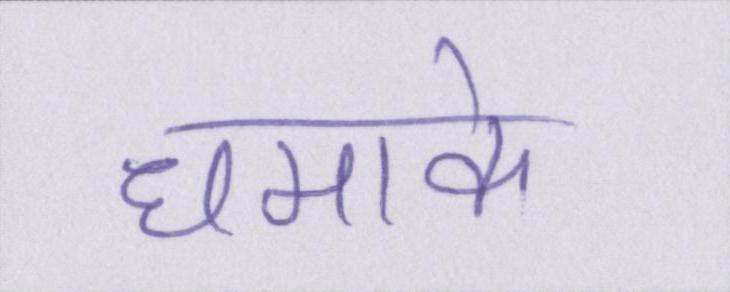
धमाके